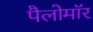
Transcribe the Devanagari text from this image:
पैलोमॉर